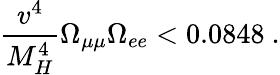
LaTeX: \frac{v^{4}}{M_{H}^{4}}\Omega_{\mu\mu}\Omega_{ee}<0.0848\ .